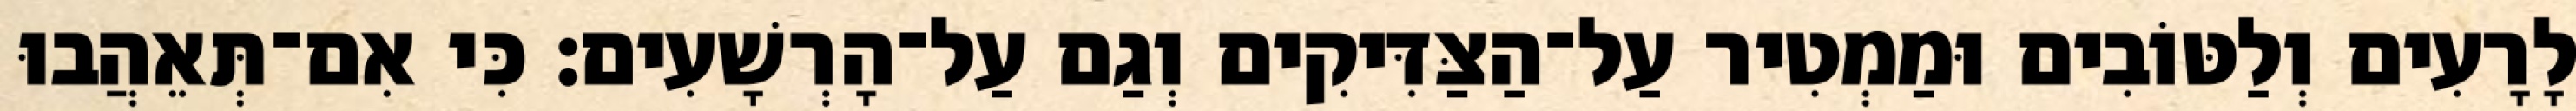
לָרָעִים וְלַטּוֹבִים וּמַמְטִיר עַל־הַצַּדִּיקִים וְגַם עַל־הָרְשָׁעִים׃ כִּי אִם־תְּאֵהֲבוּ